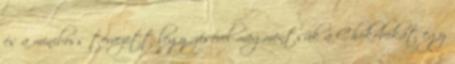
és a miniboss tervezett legyőzésével megmentsük a Chokobokat egy